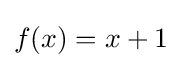
f(x)=x+1